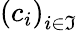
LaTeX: \left(c_{i}\right)_{i\in\mathfrak{I}}